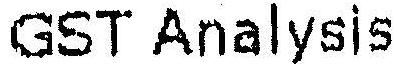
GST ANALYSIS